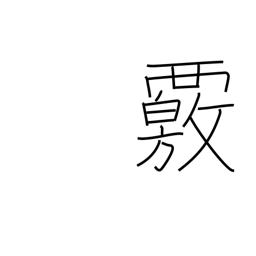
Meaning: investigate